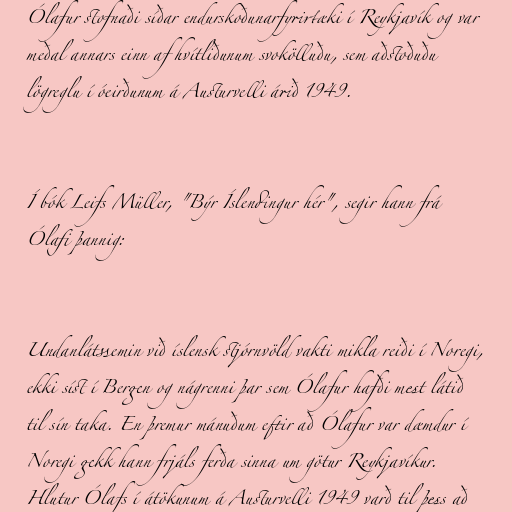
Ólafur stofnaði síðar endurskoðunarfyrirtæki í Reykjavík og var
meðal annars einn af hvítliðunum svokölluðu, sem aðstoðuðu
lögreglu í óeirðunum á Austurvelli árið 1949.

Í bók Leifs Müller, "Býr Íslendingur hér", segir hann frá
Ólafi þannig:

Undanlátssemin við íslensk stjórnvöld vakti mikla reiði í Noregi,
ekki síst í Bergen og nágrenni þar sem Ólafur hafði mest látið
til sín taka. En þremur mánuðum eftir að Ólafur var dæmdur í
Noregi gekk hann frjáls ferða sinna um götur Reykjavíkur.
Hlutur Ólafs í átökunum á Austurvelli 1949 varð til þess að